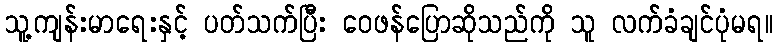
သူ့ကျန်းမာရေးနှင့် ပတ်သက်ပြီး ဝေဖန်ပြောဆိုသည်ကို သူ လက်ခံချင်ပုံမရ။